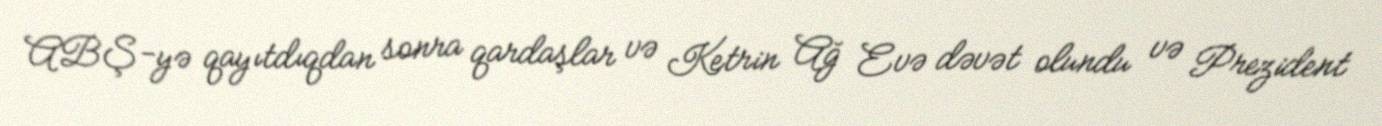
ABŞ-yə qayıtdıqdan sonra qardaşlar və Ketrin Ağ Evə dəvət olundu və Prezident